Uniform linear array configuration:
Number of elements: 12
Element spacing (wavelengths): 1
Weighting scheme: hamming
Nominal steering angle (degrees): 30
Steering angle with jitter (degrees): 28.338
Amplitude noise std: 0.05
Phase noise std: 0.05

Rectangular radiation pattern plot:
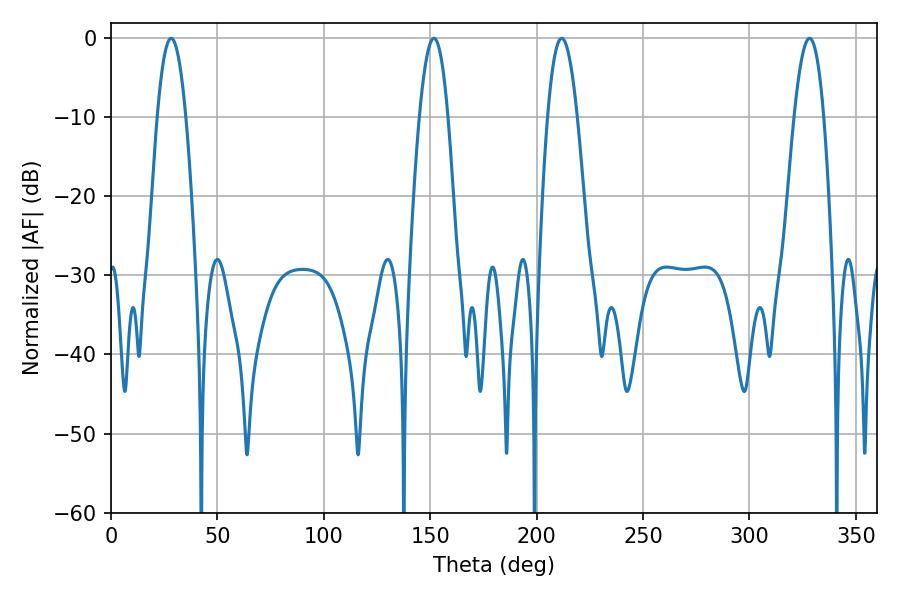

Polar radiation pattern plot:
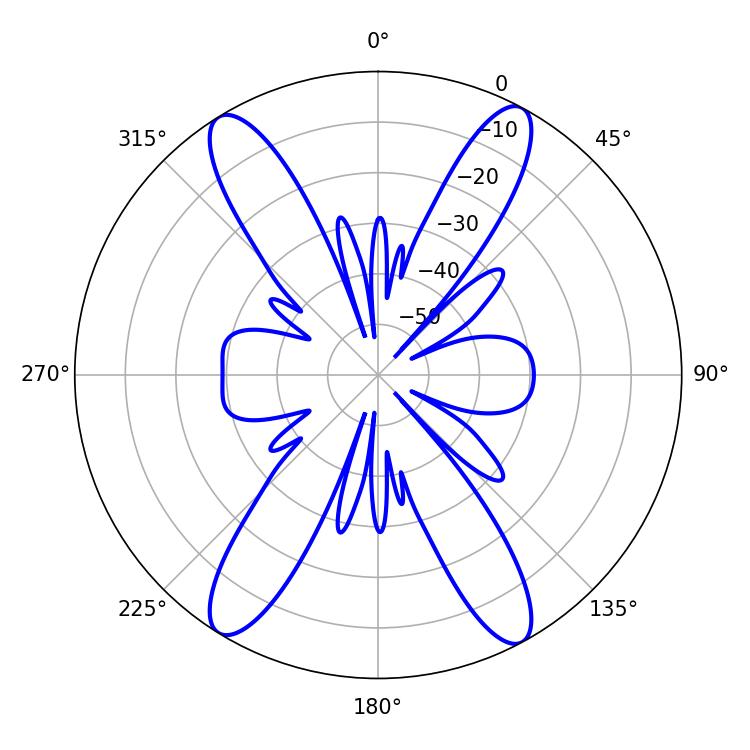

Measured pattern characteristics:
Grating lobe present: TRUE
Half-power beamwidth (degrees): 7.38
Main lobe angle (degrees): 28.26